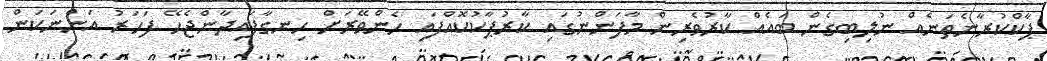
ޕާކްކުރާނެތަނެއް ނުލިބިގެން ބައެއް ކާރުވެރިން މާފަންނުގައި ކާރުޕާކުކޮއްފައި ހެންވޭރަށް ހިނގާފައިދާންޖެހޭ ފަހަރު އަންނަކަން